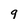
Character: 9